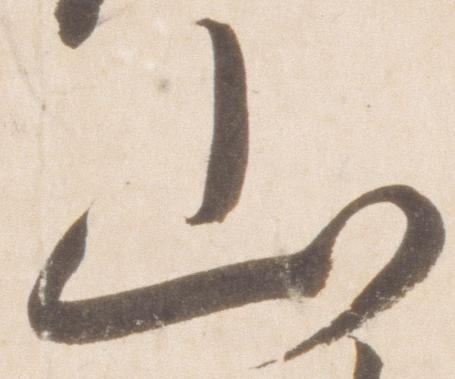
山